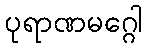
ပုရာဏမဂ္ဂေါ